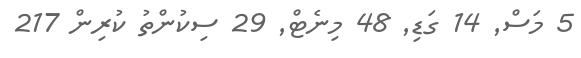
5 މަސް